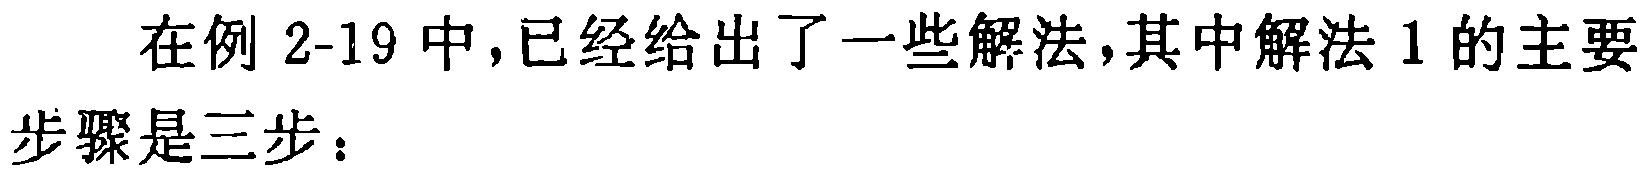
在例 2-19 中,已经给出了一些解法,其中解法 1 的主要步骤是三步：